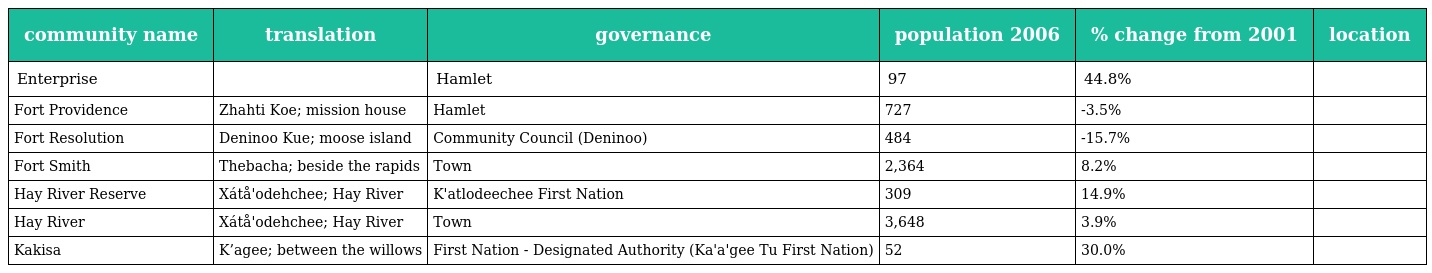
| community name | translation | governance | population 2006 | % change from 2001 | location |
 | --- | --- | --- | --- | --- | --- |
 | Enterprise |  | Hamlet | 97 | 44.8% |  |
 | Fort Providence | Zhahti Koe; mission house | Hamlet | 727 | -3.5% |  |
 | Fort Resolution | Deninoo Kue; moose island | Community Council (Deninoo) | 484 | -15.7% |  |
 | Fort Smith | Thebacha; beside the rapids | Town | 2,364 | 8.2% |  |
 | Hay River Reserve | Xátå'odehchee; Hay River | K'atlodeechee First Nation | 309 | 14.9% |  |
 | Hay River | Xátå'odehchee; Hay River | Town | 3,648 | 3.9% |  |
 | Kakisa | K’agee; between the willows | First Nation - Designated Authority (Ka'a'gee Tu First Nation) | 52 | 30.0% |  |